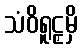
သံဝိရူဠှမှိ